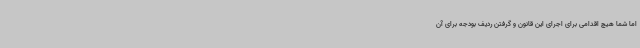
اما شما هیچ اقدامی برای اجرای این قانون و گرفتن ردیف بودجه برای آن